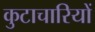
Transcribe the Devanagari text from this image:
कुटाचारियों